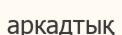
аркадтық